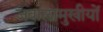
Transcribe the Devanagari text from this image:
जवालामुखीयों